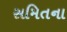
સમિતના